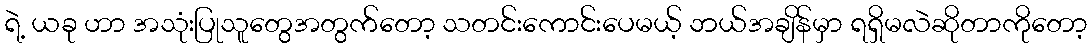
ရဲ့ ယခု ဟာ အသုံးပြုသူတွေအတွက်တော့ သတင်းကောင်းပေမယ့် ဘယ်အချိန်မှာ ရရှိမလဲဆိုတာကိုတော့